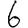
Digit: 6